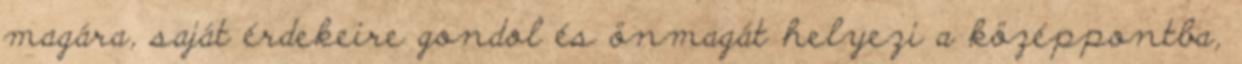
magára, saját érdekeire gondol és önmagát helyezi a középpontba,